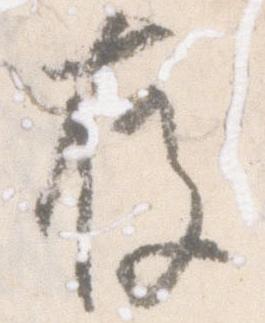
存